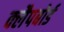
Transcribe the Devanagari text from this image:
क्लैपबोर्ड